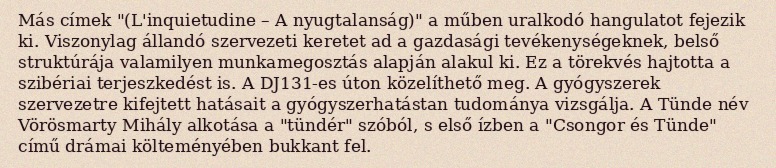
Más címek "(L'inquietudine – A nyugtalanság)" a műben uralkodó hangulatot fejezik ki. Viszonylag állandó szervezeti keretet ad a gazdasági tevékenységeknek, belső struktúrája valamilyen munkamegosztás alapján alakul ki. Ez a törekvés hajtotta a szibériai terjeszkedést is. A DJ131-es úton közelíthető meg. A gyógyszerek szervezetre kifejtett hatásait a gyógyszerhatástan tudománya vizsgálja. A Tünde név Vörösmarty Mihály alkotása a "tündér" szóból, s első ízben a "Csongor és Tünde" című drámai költeményében bukkant fel.